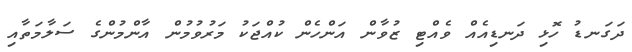
ދަގަނޑު ހޮޅި ދަނޑިއެއް ވެއްޓި ޒުވާން އަންހެން ކުއްޖަކު މަރުވުމުން އާންމުންގެ ސަލާމަތާއި